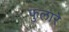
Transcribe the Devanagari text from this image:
फुलारे